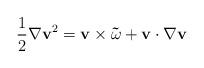
LaTeX: \begin{align*}\frac{1}{2}\nabla \mathbf{v}^{2}=\mathbf{v\times \vec{\omega}+v}\cdot \nabla \mathbf{v} \end{align*}